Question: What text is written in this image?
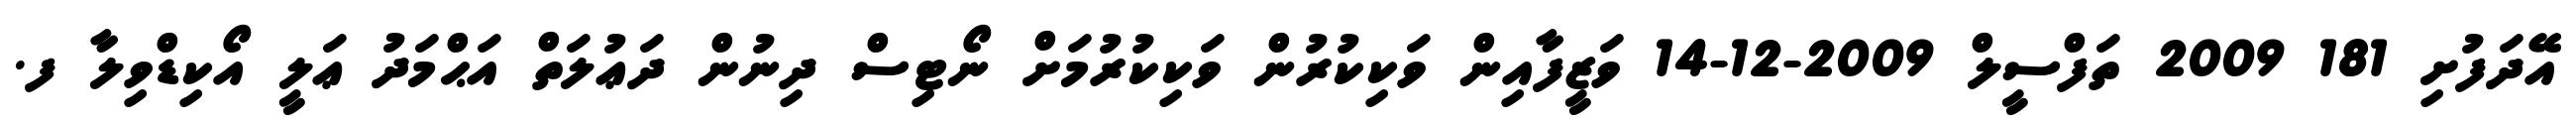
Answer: އޭދަފުށި 181 2009 ތަފްސީލް 2009-12-14 ވަޒީފާއިން ވަކިކުރުން ވަކިކުރުމަށް ނޯޓިސް ދިނުން ދަޢުލަތް އަޙްމަދު ޢަލީ އޯކިޑްވިލާ ފ.